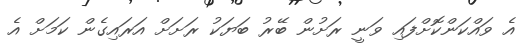
އެ ވައްކަންކޮށްފައި ވަނީ ރަށުން ބޭރު ބަޔަކު ރަށަށް އަރައިގެން ކަމަށް އެ